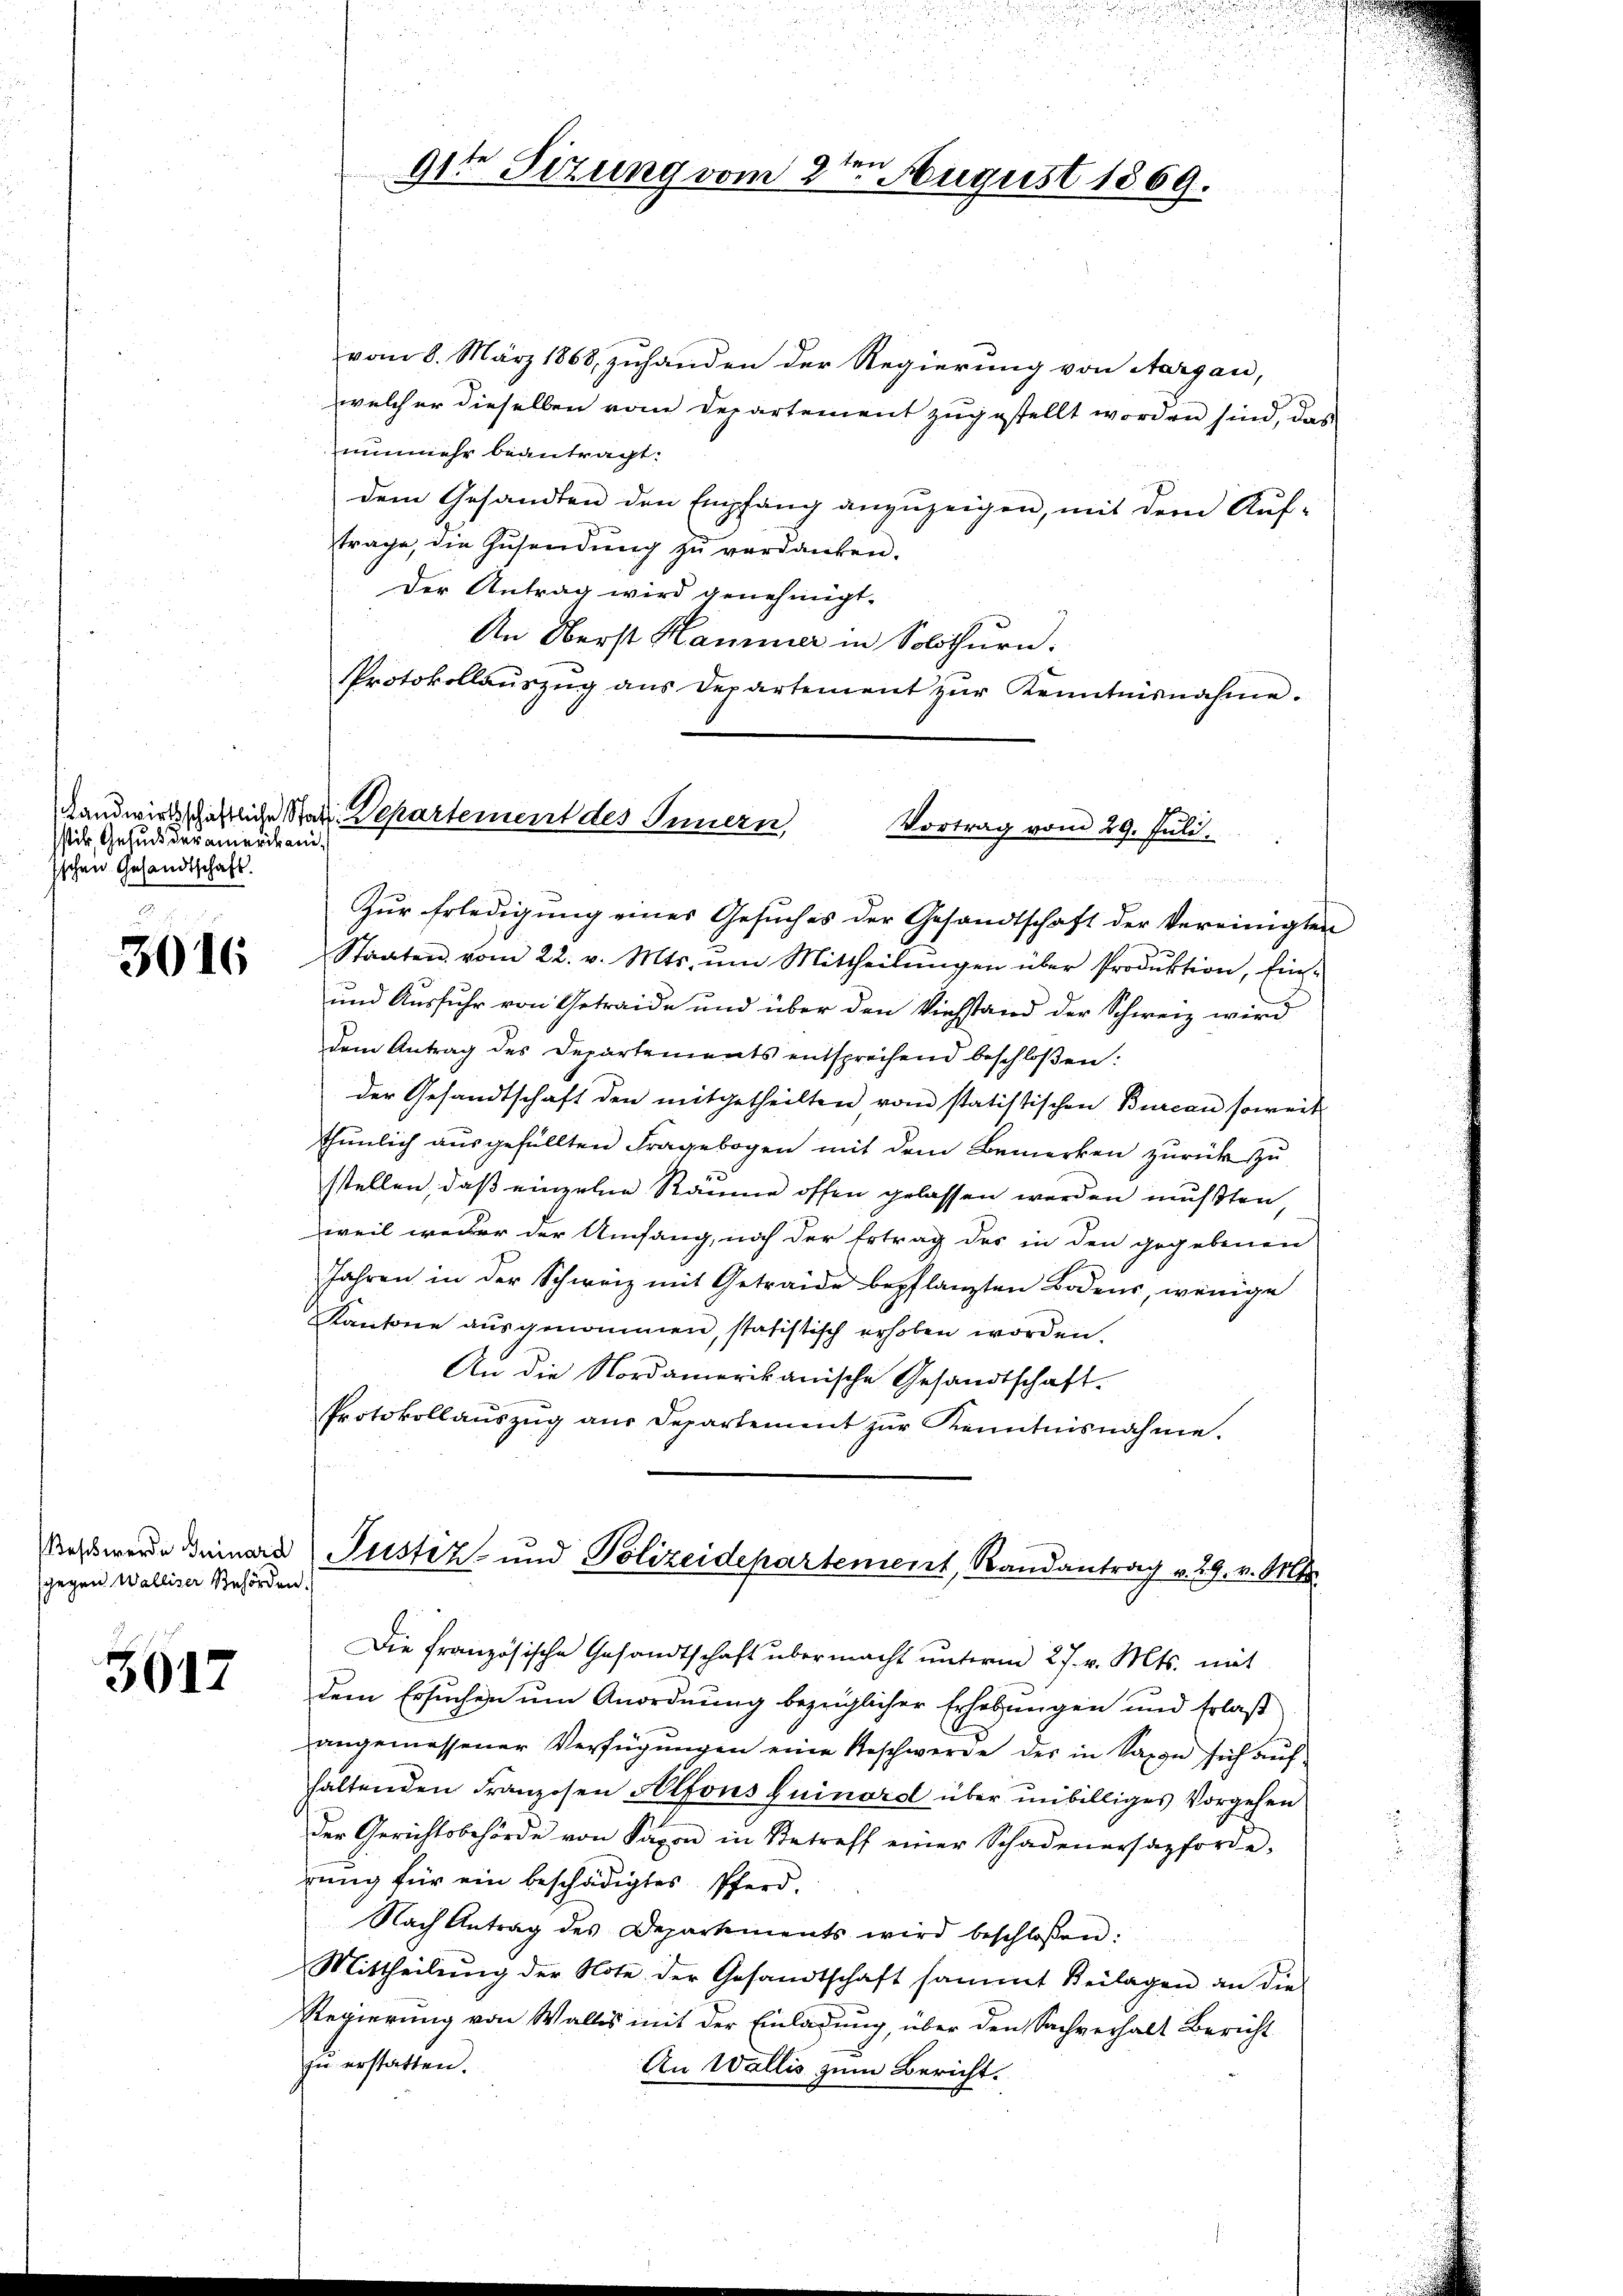
stik, Gesuch der amerikani
ischen Gesandtschaft.

3016

sgegen Walliser Behörden.

3617

t
91te Sizung vom 2. August 1869.

Landwirtschaftliche Statt. Departement des Innern,
Vortrag vom 29. Juli.

vom 8. März 1868, zuhanden der Regierung von Aargau,
welcher dieselben vom Departement zugestellt worden sind, das
nunmehr beantragt:
dem Gesandten den Empfang anzuzeigen, mit dem Auf-
trage, die Zusendung zu verdanken.
Der Antrag wird genehmigt.
An Oberst Hammer in Solothurn.
Protokollaŭszŭg aŭs Departement zŭr Kenntnisnahme.
Zur Erledigung eines Gesŭches der Gesandtschaft der Vereinigten
Staaten vom 22. v. Mts. ŭm Mittheilŭngen über Produktion, Ein-
und Ausfuhr von Getraide und über den Viehstand der Schweiz wird
dem Antrag des Departements entsprechend beschloßen:
der Gesandtschaft den mitgetheilten, vom statistischen Bureau soweit
thŭnlich aŭsgefüllten Fragebogen mit dem Bemerken zurück zu
sstellen, daß einzelne Räume offen gelassen werden mußten,
weil weder der Umfang, noch der Ertrag der in den gegebenen
Jahren in der Schweiz mit Getraide bepflanzten Bodens, wenige
Kantone ausgenommen, statistisch erhoben worden.
An die Nordamerikanische Gesandtschaft.
Protokollaŭszŭg aŭs Departement zŭr Kenntnisnahme.
Rehs werde einer Justiz- und Polizeidepartement, Randantrag v. 29. v. 118.
Die französische Gesandtschaft übermacht ŭnterm 27. v. Mts. mit
dem Ersuchen um Anordnung bezüglicher Erhebungen und Erlaß
angemessener Verfügungen eine Geschwerde des in Saxon sich auf
haltenden Franzosen Alfons quinord über unbilliges Vorgehen
der Gerichtsbehörde von Saxon in Betreff einer Schadenersazforde-
rŭng für ein beschädigtes Pferd.
Nach Antrag des Departements wird beschloßen:
Mittheilŭng der Note der Gesandtschaft sammt Beilagen an die
Regierung von Wallis mit der Einladung, über den Sachverhalt Bericht
zŭ erstatten.
An Wallis zum Bericht.